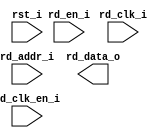
/*******************************************************************************
    Verilog netlist generated by IPGEN Lattice Radiant Software (64-bit)
    3.1.0.43.2
    Soft IP Version: 1.1.0
    2022 03 22 11:06:14
*******************************************************************************/
/*******************************************************************************
    Wrapper Module generated per user settings.
*******************************************************************************/
module rom_himax_cfg_1fps (rd_clk_i, rst_i, rd_en_i, rd_clk_en_i, rd_addr_i,
    rd_data_o)/* synthesis syn_black_box syn_declare_black_box=1 */;
    input  rd_clk_i;
    input  rst_i;
    input  rd_en_i;
    input  rd_clk_en_i;
    input  [7:0]  rd_addr_i;
    output  [15:0]  rd_data_o;
endmodule